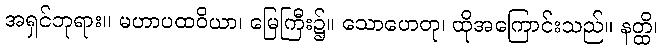
အရှင်ဘုရား။ မဟာပထဝိယာ၊ မြေကြီး၌။ သောဟေတု၊ ထိုအကြောင်းသည်။ နတ္ထိ၊